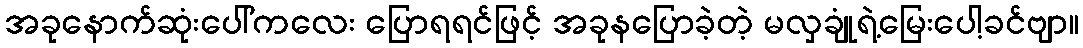
အခုနောက်ဆုံးပေါ်ကလေး ပြောရရင်ဖြင့် အခုနပြောခဲ့တဲ့ မလှချုံရဲ့မြေးပေါ့ခင်ဗျာ။